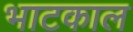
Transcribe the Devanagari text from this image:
भाटकाल